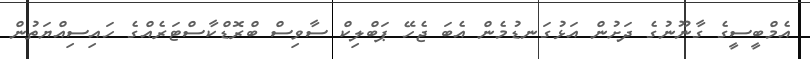
އެމްބީސީގެ ގާނޫނުގެ ދަށުން އަޅުގަނޑުމެން އެބަ ޖެހޭ ޕަބްލިކް ސާވިސް ބްރޮޑްކާސްޓަރެއްގެ ހައިސިއްޔަތުން